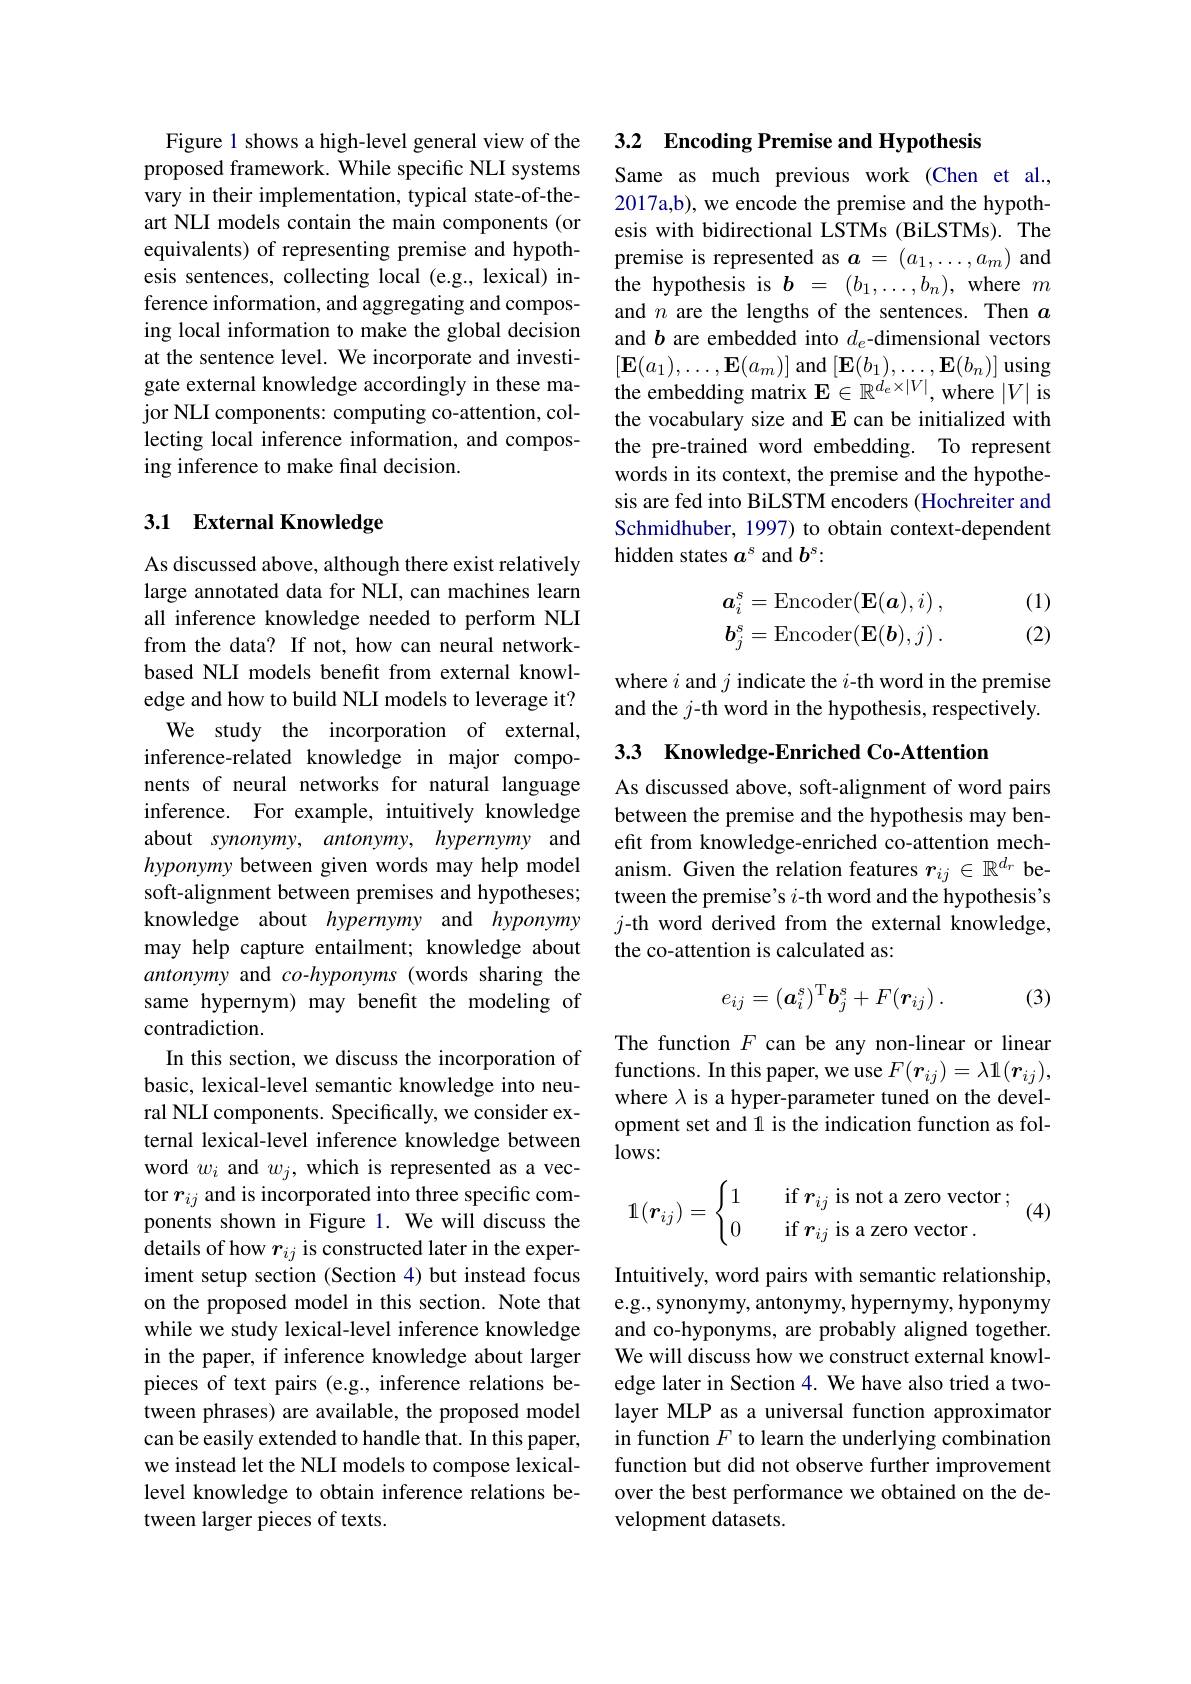
Figure 1 shows a high-level general view of the proposed framework. While specific NLI systems vary in their implementation, typical state-of-theart NLI models contain the main components (or equivalents) of representing premise and hypothesis sentences, collecting local (e.g., lexical) inference information, and aggregating and composing local information to make the global decision at the sentence level. We incorporate and investigate external knowledge accordingly in these major NLI components: computing co-attention, collecting local inference information, and composing inference to make final decision.

## 3.1 External Knowledge

As discussed above, although there exist relatively large annotated data for NLI, can machines learn all inference knowledge needed to perform NLI from the data? If not, how can neural networkbased NLI models benefit from external knowledge and how to build NLI models to leverage it? We study the incorporation of external,
inference-related knowledge in major components of neural networks for natural language inference. For example, intuitively knowledge about synonymy, antonymy, hypernymy and soft-alignment between premises and hypotheses; knowledge about hypernymy and hyponymy may help capture entailment; knowledge about antonymy and co-hyponyms (words sharing the same hypernym) may benefit the modeling of contradiction.
In this section, we discuss the incorporation of basic, lexical-level semantic knowledge into neural NLI components. Specifically, we consider external lexical-level inference knowledge between word $w_i$ and $w_j$, which is represented as a vector $r_{ij}$ and is incorporated into three specific components shown in Figure 1. We will discuss the details of how $r_{ij}$ is constructed later in the experiment setup section (Section 4) but instead focus on the proposed model in this section. Note that while we study lexical-level inference knowledge in the paper, if inference knowledge about larger pieces of text pairs (e.g., inference relations between phrases) are available, the proposed model can be easily extended to handle that. In this paper, we instead let the NLI models to compose lexicallevel knowledge to obtain inference relations between larger pieces of texts.

3.2 Encoding Premise and Hypothesis

Same as much previous work (Chen et al., 2017a,b), we encode the premise and the hypothesis with bidirectional LSTMs (BiLSTMs). The premise is represented as $\boldsymbol a=(a_1,\ldots,a_m)$ and the hypothesis is $b=(b_1,\ldots,b_n)$, where $m$ and $n$ are the lengths of the sentences. Then $a$ and $b$ are embedded into $d_e$-dimensional vectors $[\mathbf{E}(a_{1}),\ldots,\mathbf{E}(a_{m})]$ and $[\mathbf{E}(b_{1}),\ldots,\mathbf{E}(b_{n})]$ using the embedding matrix $\mathbf{E}\in\mathbb{R}^{d_e\times|V|}$, where $|V|$ is the vocabulary size and E can be initialized with the pre-trained word embedding. To represent words in its context, the premise and the hypothesis are fed into BiLSTM encoders (Hochreiter and Schmidhuber, 1997) to obtain context-dependent hidden states $a^\mathrm{s}$ and $b^\mathrm{s}{:}$

(1)
$$\begin{aligned}\boldsymbol{a}_i^s&=\operatorname{Encoder}(\mathbf{E}(\boldsymbol{a}),i)\:,\\\boldsymbol{b}_j^s&=\operatorname{Encoder}(\mathbf{E}(\boldsymbol{b}),j)\:.\end{aligned}$$
(2)

where $i$ and $j$ indicate the $i$-th word in the premise and the $j$-th word in the hypothesis, respectively.

3.3 Knowledge-Enriched Co-Attention

As discussed above, soft-alignment of word pairs between the premise and the hypothesis may benefit from knowledge-enriched co-attention mech-
hyponymy between given words may help model anism. Given the relation features $r_ij\in\mathbb{R}^{d_r}$ be-
tween the premise's $i$-th word and the hypothesis's $j$-th word derived from the external knowledge, the co-attention is calculated as:
$$e_{ij}=(\boldsymbol{a}_i^s)^\mathrm{T}\boldsymbol{b}_j^s+F(\boldsymbol{r}_{ij})\:.$$
(3)

The function $F$ can be any non-linear or linear functions. In this paper, we use $F(\boldsymbol{r}_{ij})=\lambda1(\boldsymbol{r}_{ij})$, where $\lambda$ is a hyper-parameter tuned on the development set and 1 is the indication function as fol- $lows:$

(4)
$$\mathbb1(\boldsymbol r_{ij})=\begin{cases}1&\quad\text{if}\:\boldsymbol r_{ij}\:\text{is not a zero vector}\:;\\0&\quad\text{if}\:\boldsymbol r_{ij}\:\text{is a zero vector}\:.\end{cases}$$
Intuitively, word pairs with semantic relationship, e.g., synonymy, antonymy, hypernymy, hyponymy and co-hyponyms, are probably aligned together. We will discuss how we construct external knowledge later in Section 4. We have also tried a twolayer MLP as a universal function approximator in function $F$ to learn the underlying combination function but did not observe further improvement over the best performance we obtained on the development datasets.